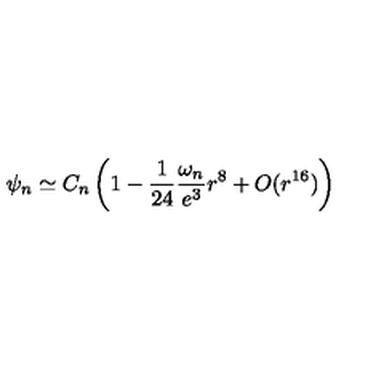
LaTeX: \psi _ { n } \simeq C _ { n } \left( 1 - \frac { 1 } { 2 4 } \frac { \omega _ { n } } { e ^ { 3 } } r ^ { 8 } + O ( r ^ { 1 6 } ) \right)